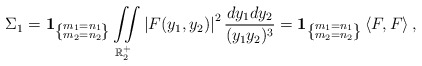
\begin{align*}\Sigma_1 = \textbf{1}_{\left\{ \substack{m_1 = n_1 \\ m_2 = n_2} \right\}}\iint \limits_{\mathbb{R}_2^+} \left|F(y_1,y_2)\right|^2 \frac{dy_1 dy_2}{(y_1 y_2)^3} = \textbf{1}_{\left\{ \substack{m_1 = n_1 \\ m_2 = n_2} \right\}} \left\langle F, F\right\rangle,\end{align*}